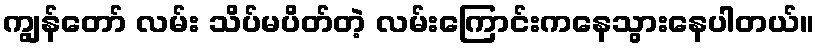
ကျွန်တော် လမ်း သိပ်မပိတ်တဲ့ လမ်းကြောင်းကနေသွားနေပါတယ်။